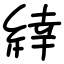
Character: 緈